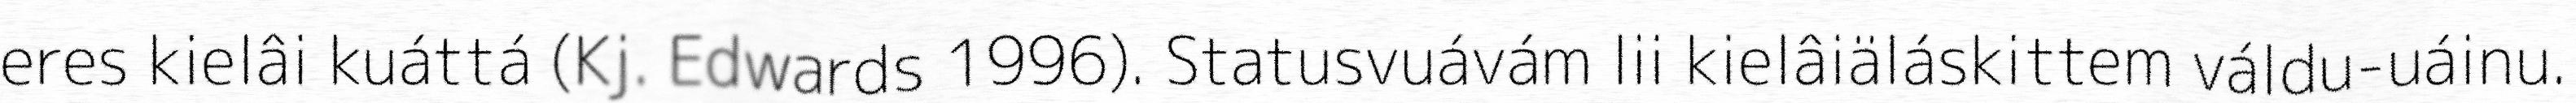
eres kielâi kuáttá (Kj. Edwards 1996). Statusvuávám lii kielâiäláskittem váldu-uáinu.